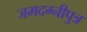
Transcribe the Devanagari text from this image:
जमदग्नीपुत्र